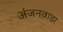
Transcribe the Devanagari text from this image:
अंजनवाडा